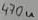
Text: 470u